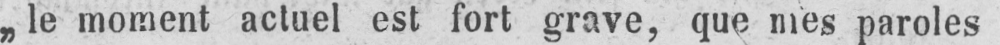
„le moment actuel est fort grave, que mes paroles